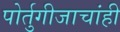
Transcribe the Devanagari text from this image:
पोर्तुगीजाचांही